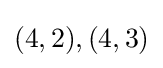
(4,2),(4,3)